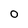
Character: O